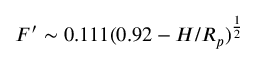
F ^ { \prime } \sim 0 . 1 1 1 ( 0 . 9 2 - H / R _ { p } ) ^ { \frac { 1 } { 2 } }